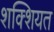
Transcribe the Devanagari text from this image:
शक्शियत